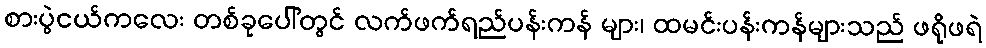
စားပွဲငယ်ကလေး တစ်ခုပေါ်တွင် လက်ဖက်ရည်ပန်းကန် များ၊ ထမင်းပန်းကန်များသည် ဖရိုဖရဲ